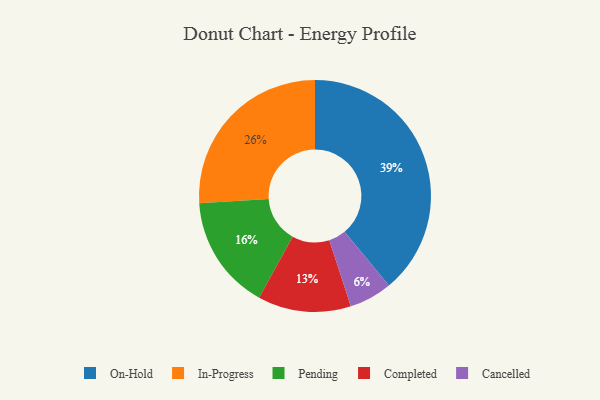
{"axis": {"x": "Category", "y": "Percentage"}, "legend": ["Cancelled", "Completed", "In-Progress", "On-Hold", "Pending"], "data": [{"x": "On-Hold", "y": 39, "type": "On-Hold"}, {"x": "In-Progress", "y": 26, "type": "In-Progress"}, {"x": "Pending", "y": 16, "type": "Pending"}, {"x": "Completed", "y": 13, "type": "Completed"}, {"x": "Cancelled", "y": 6, "type": "Cancelled"}]}